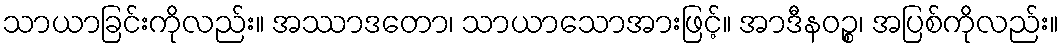
သာယာခြင်းကိုလည်း။ အဿာဒတော၊ သာယာသောအားဖြင့်။ အာဒီနဝဉ္စ၊ အပြစ်ကိုလည်း။